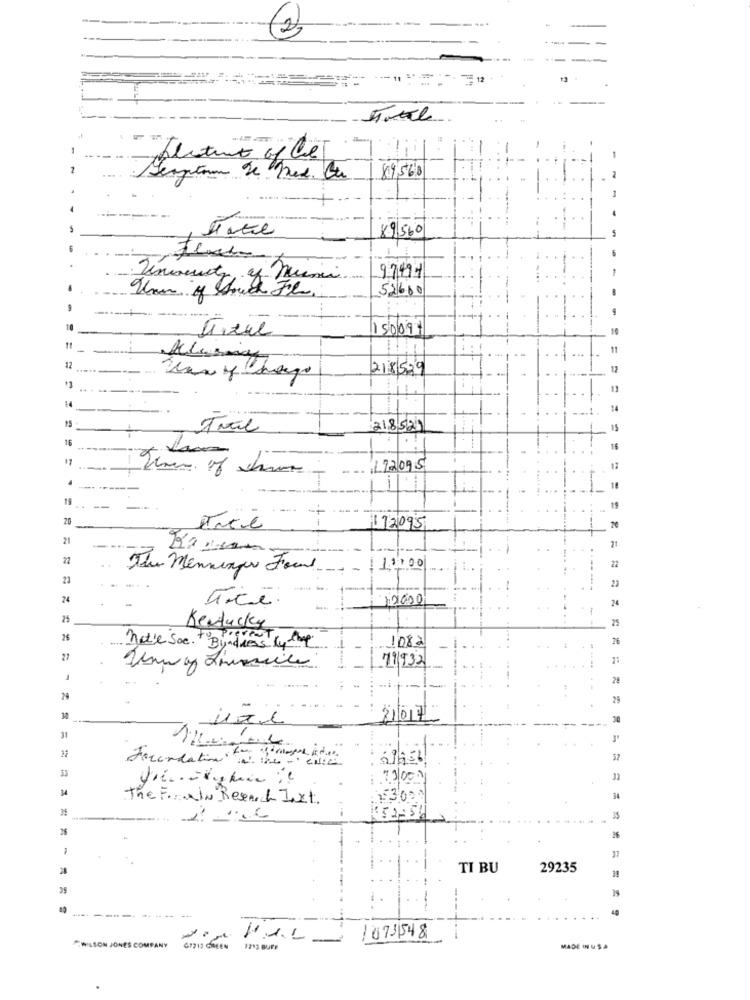
2
- 12
13
89568
Semptom de Med. Bu
89560
97497
Tran of Touch The .
52600
150091
10
11
12
--.
218529
12
13
14
1
Trail
218521
16
16
122095
15
20
172095
20
21
21
The Menninger Found
11700
22
23
22
24
Tice.
24
25
25
Kentucky
=
not'e Soe. + Byadress Ky the
1082
27
79932
1
28
29
21/017
31
57
33
Foundation of the - enich
14
The Frain Research Inxt.
15300
34
26
TI BU
29235
-------
-
10731548
WILSON JONES COMPANY
GP213 GREEN
1212 BUFF
MADE IN USA